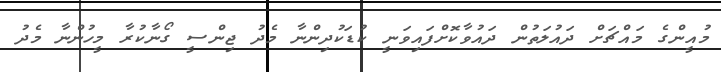
މުއީންގެ މައްޗަށް ދައުލަތުން ދައުވާކޮށްފައިވަނީ ކުޑަކުދިންނާ މެދު ޖިންސީ ގޯނާކުރާ މީހުންނާ މެދު